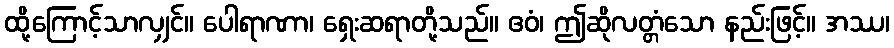
ထို့ကြောင့်သာလျှင်။ ပေါရာဏာ၊ ရှေးဆရာတို့သည်။ ဧဝံ၊ ဤဆိုလတ္တံသော နည်းဖြင့်။ အဿ၊